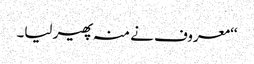
‘‘معروف نے منہ پھیر لیا۔